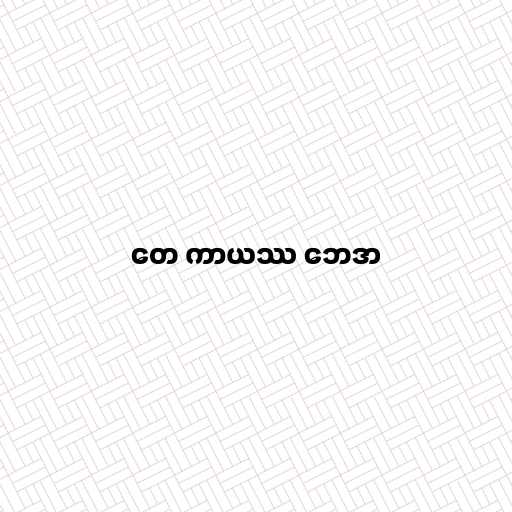
တေ ကာယဿ ဘေဒာ